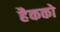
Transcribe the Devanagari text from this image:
हैकको